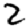
Digit: 2